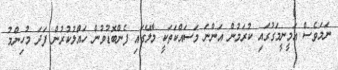
ނަމަވެސް އަމީނީމަގުގައި ކުރަމުން އަންނަ މަސައްކަތަކީ މާލޭގައި ފެންބޮޑުވުން ހައްލުކުރުން ފަދަ މުހިންމު